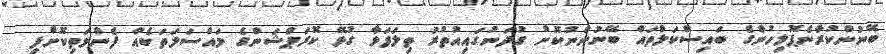
ބޭނުންކުރާނެޕޮލިހުންގެ ބައިސްކަލްތައް ބޭނުންނުކޮށް ގުދަނުގައިއުތުރު ތިލަފަޅާ ގުޅޭ ކޮރަޕްޝަންގެ މައްސަލަތަކެއް ފެންމަތިކޮށްފި